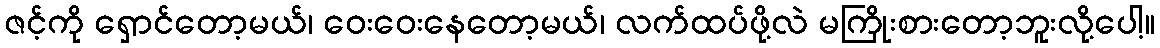
ဇင့်ကို ရှောင်တော့မယ်၊ ဝေးဝေးနေတော့မယ်၊ လက်ထပ်ဖို့လဲ မကြိုးစားတော့ဘူးလို့ပေါ့။